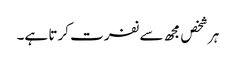
ہر شخص مجھ سے نفرت کرتا ہے۔